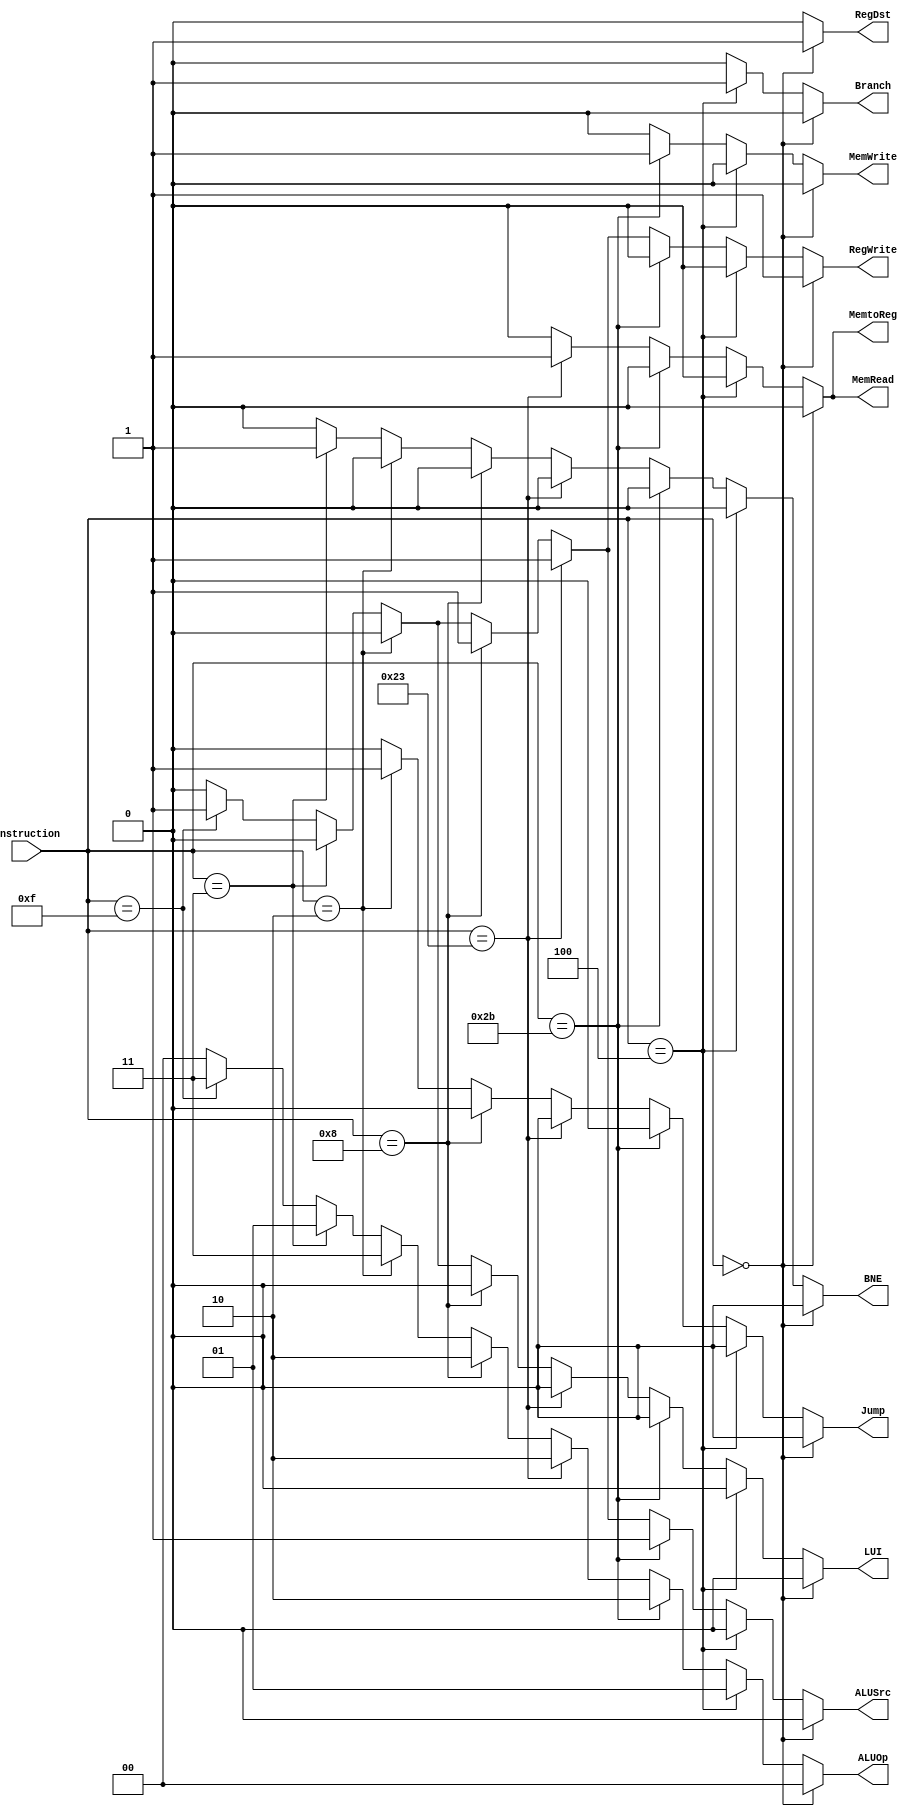
`timescale 1ns / 1ns

module control(
    input [5:0] instruction,
	output reg [1:0] ALUOp,
	output reg MemRead,
	output reg MemtoReg,
	output reg RegDst,
    output reg Branch,
    output reg BNE, 
    output reg Jump,
    output reg LUI,
	output reg ALUSrc,
	output reg MemWrite,
	output reg RegWrite
);


    always @ (*) begin
        if (instruction == 6'b00_0000) begin	// R-TYPE
            ALUOp = 2'b00;
		    MemRead = 1'b0;
		    MemtoReg = 1'b0;
		    RegDst = 1'b1;
            Branch = 1'b0;	
            BNE = 1'b0;
            Jump = 1'b0;	
            LUI = 1'b0;
	        ALUSrc = 1'b0;
		    MemWrite = 1'b0;
		    RegWrite = 1'b1;
		end else if (instruction == 6'b00_0100) begin   // BRANCH
		    ALUOp = 2'b01; // Subtraction
		    MemRead = 1'b0;
		    MemtoReg = 1'b0;
		    RegDst = 1'b0;
            Branch = 1'b1;
            BNE = 1'b0;	
            Jump = 1'b0;
            LUI = 1'b0;		
	        ALUSrc = 1'b0;
		    MemWrite = 1'b0;
		    RegWrite = 1'b0;
		end else if (instruction == 6'b10_1011) begin   // SW
		    ALUOp = 2'b10;
		    MemRead = 1'b0;
		    MemtoReg = 1'b0;
		    RegDst = 1'b0;
            Branch = 1'b0;	
            BNE = 1'b0;	
            Jump = 1'b0;
            LUI = 1'b0;	
	        ALUSrc = 1'b1;
		    MemWrite = 1'b1;
		    RegWrite = 1'b0;
		end else if (instruction == 6'b10_0011) begin   // LW
            ALUOp = 2'b10;
            MemRead = 1'b1;
            MemtoReg = 1'b1;
            RegDst = 1'b0;
            Branch = 1'b0;
            BNE = 1'b0;
            Jump = 1'b0;
            LUI = 1'b0;			
            ALUSrc = 1'b1;
            MemWrite = 1'b0;
            RegWrite = 1'b1;
		end else if (instruction == 6'b00_1000) begin // ADDI
		    ALUOp = 2'b10;
		    MemRead = 1'b0;
		    MemtoReg = 1'b0;
		    RegDst = 1'b0;
            Branch = 1'b0;
            BNE = 1'b0;
            Jump = 1'b0;	
            LUI = 1'b0;		
	        ALUSrc = 1'b1;
		    MemWrite = 1'b0;
		    RegWrite = 1'b1;
		end else if (instruction == 6'b00_0010) begin // JUMP 
		    ALUOp = 2'b11;
		    MemRead = 1'b0;
		    MemtoReg = 1'b0;
		    RegDst = 1'b0;
            Branch = 1'b0;
            BNE = 1'b0;
            Jump = 1'b1;
            LUI = 1'b0;			
	        ALUSrc = 1'b0;
		    MemWrite = 1'b0;
		    RegWrite = 1'b0;
		end else if (instruction == 6'b00_0011) begin // BNE
		    ALUOp = 2'b01; // Subtraction
		    MemRead = 1'b0;
		    MemtoReg = 1'b0;
		    RegDst = 1'b0;
            Branch = 1'b0;
            BNE = 1'b1;	
            Jump = 1'b0;
            LUI = 1'b0;		
	        ALUSrc = 1'b0;
		    MemWrite = 1'b0;
		    RegWrite = 1'b0;
		end else if (instruction == 6'b00_1111) begin // LUI
		    ALUOp = 2'b11;
		    MemRead = 1'b0;
		    MemtoReg = 1'b0;
		    RegDst = 1'b0;
            Branch = 1'b0;	
            BNE = 1'b0;	
            Jump = 1'b0;
            LUI = 1'b1;	
	        ALUSrc = 1'b1;
		    MemWrite = 1'b0;
		    RegWrite = 1'b1;
		end else begin
            ALUOp = 2'b00;
            MemRead = 1'b0;
            MemtoReg = 1'b0;
            RegDst = 1'b0;
            Branch = 1'b0;
            BNE = 1'b0;
            Jump = 1'b0;
            LUI = 1'b0;		
            ALUSrc = 1'b0;
            MemWrite = 1'b0;
            RegWrite = 1'b0;
		end
    end
    
endmodule